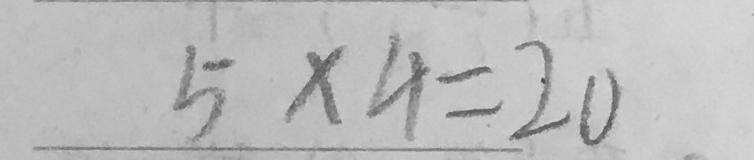
5 \times 4 = 2 0